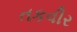
તકવીર